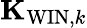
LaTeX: {\mathbf K}_{\mathrm{WIN},k}